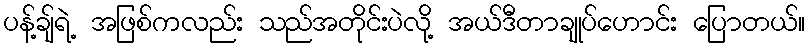
ပန့်ချ်ရဲ့ အဖြစ်ကလည်း သည်အတိုင်းပဲလို့ အယ်ဒီတာချုပ်ဟောင်း ပြောတယ်။